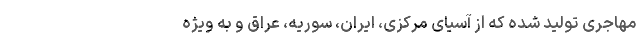
مهاجری تولید شده که از آسیای مرکزی، ایران، سوریه، عراق و به ویژه